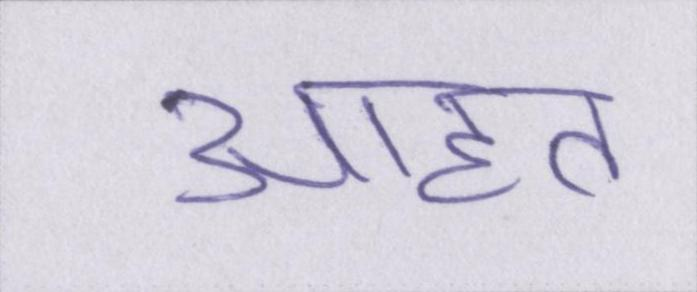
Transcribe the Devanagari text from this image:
आहत